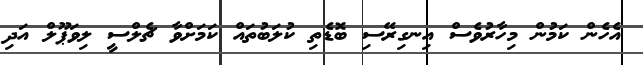
އެހެން ކަމުން މިހާރުވެސް އިނގިރޭސި ބޮޑެތި ކުލަބުތައް ކަމަށްވާ ޗެލްސީ ލިވަޕޫލް އަދި